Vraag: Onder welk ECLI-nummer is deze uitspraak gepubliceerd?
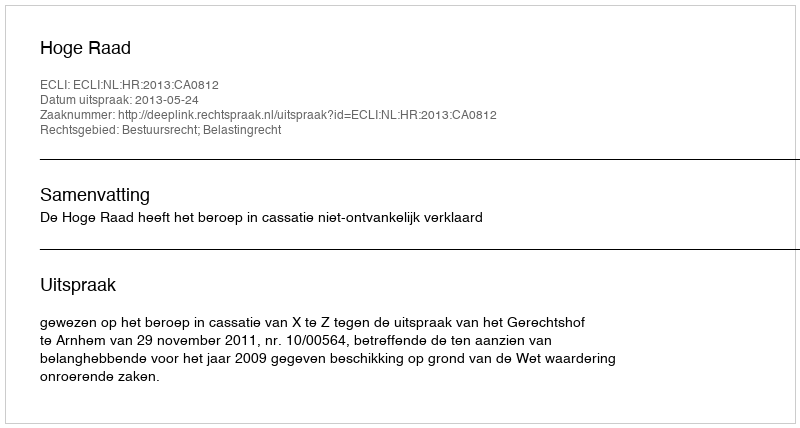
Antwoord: ECLI:NL:HR:2013:CA0812